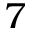
7